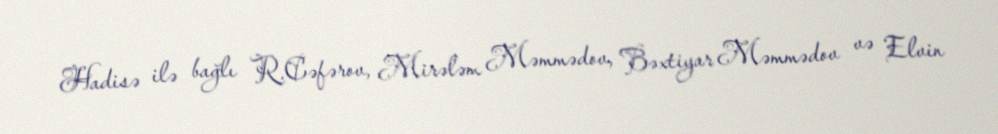
Hadisə ilə bağlı R.Cəfərov, Mirələm Məmmədov, Bəxtiyar Məmmədov və Elvin